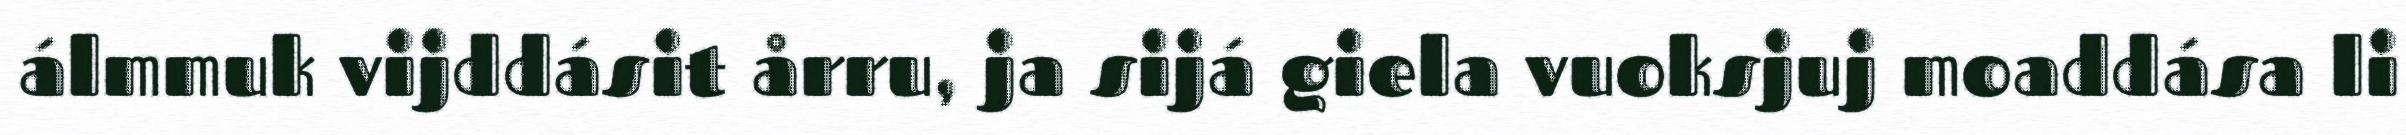
álmmuk vijddásit årru, ja sijá giela vuoksjuj moaddása li